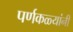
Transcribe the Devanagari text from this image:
पर्णकळ्यांनी